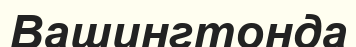
Вашингтонда